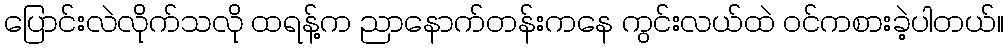
ပြောင်းလဲလိုက်သလို ထရန့်က ညာနောက်တန်းကနေ ကွင်းလယ်ထဲ ဝင်ကစားခဲ့ပါတယ်။